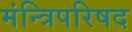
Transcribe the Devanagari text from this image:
मंन्त्रिपरिषद